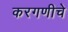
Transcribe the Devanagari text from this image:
करगणीचे